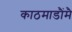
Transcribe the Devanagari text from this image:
काठमाडौंमै